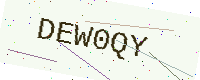
Text: DEW0QY